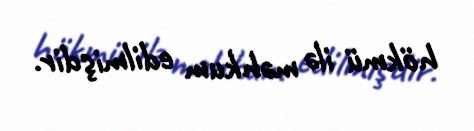
hökmü ilə məhkum edilmişdir.